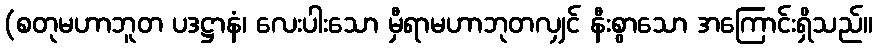
(စတုမဟာဘူတ ပဒဋ္ဌာနံ၊ လေးပါးသော မှီရာမဟာဘုတလျှင် နီးစွာသော အကြောင်းရှိသည်။